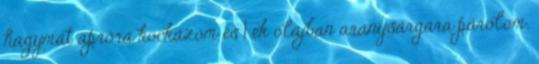
hagymát apróra kockázom és 1 ek olajban aranysárgára párolom.